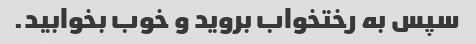
سپس به رختخواب بروید و خوب بخوابید.